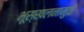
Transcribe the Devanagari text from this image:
भूस्खलनामुळे